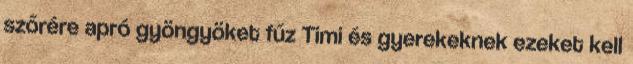
szőrére apró gyöngyöket fűz Timi és gyerekeknek ezeket kell